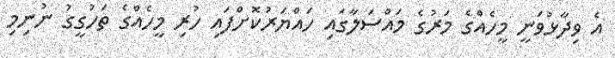
އެ ވިދާޅުވަނީ މީހެއްގެ މަރުގެ މައްސަލާގައި ހައްޔަރުކޮށްފައި ހުރި މީހެއްގެ ތަހުގީގު ނުނިމި